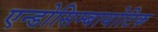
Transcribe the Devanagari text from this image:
एन्डोसिम्बायोटिक